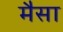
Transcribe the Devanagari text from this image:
मैसा